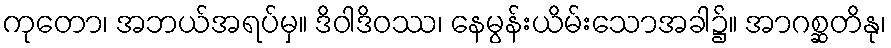
ကုတော၊ အဘယ်အရပ်မှ။ ဒိဝါဒိဝဿ၊ နေမွန်းယိမ်းသောအခါ၌။ အာဂစ္ဆတိနု၊